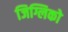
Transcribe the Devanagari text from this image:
जिग्लिको